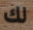
لك